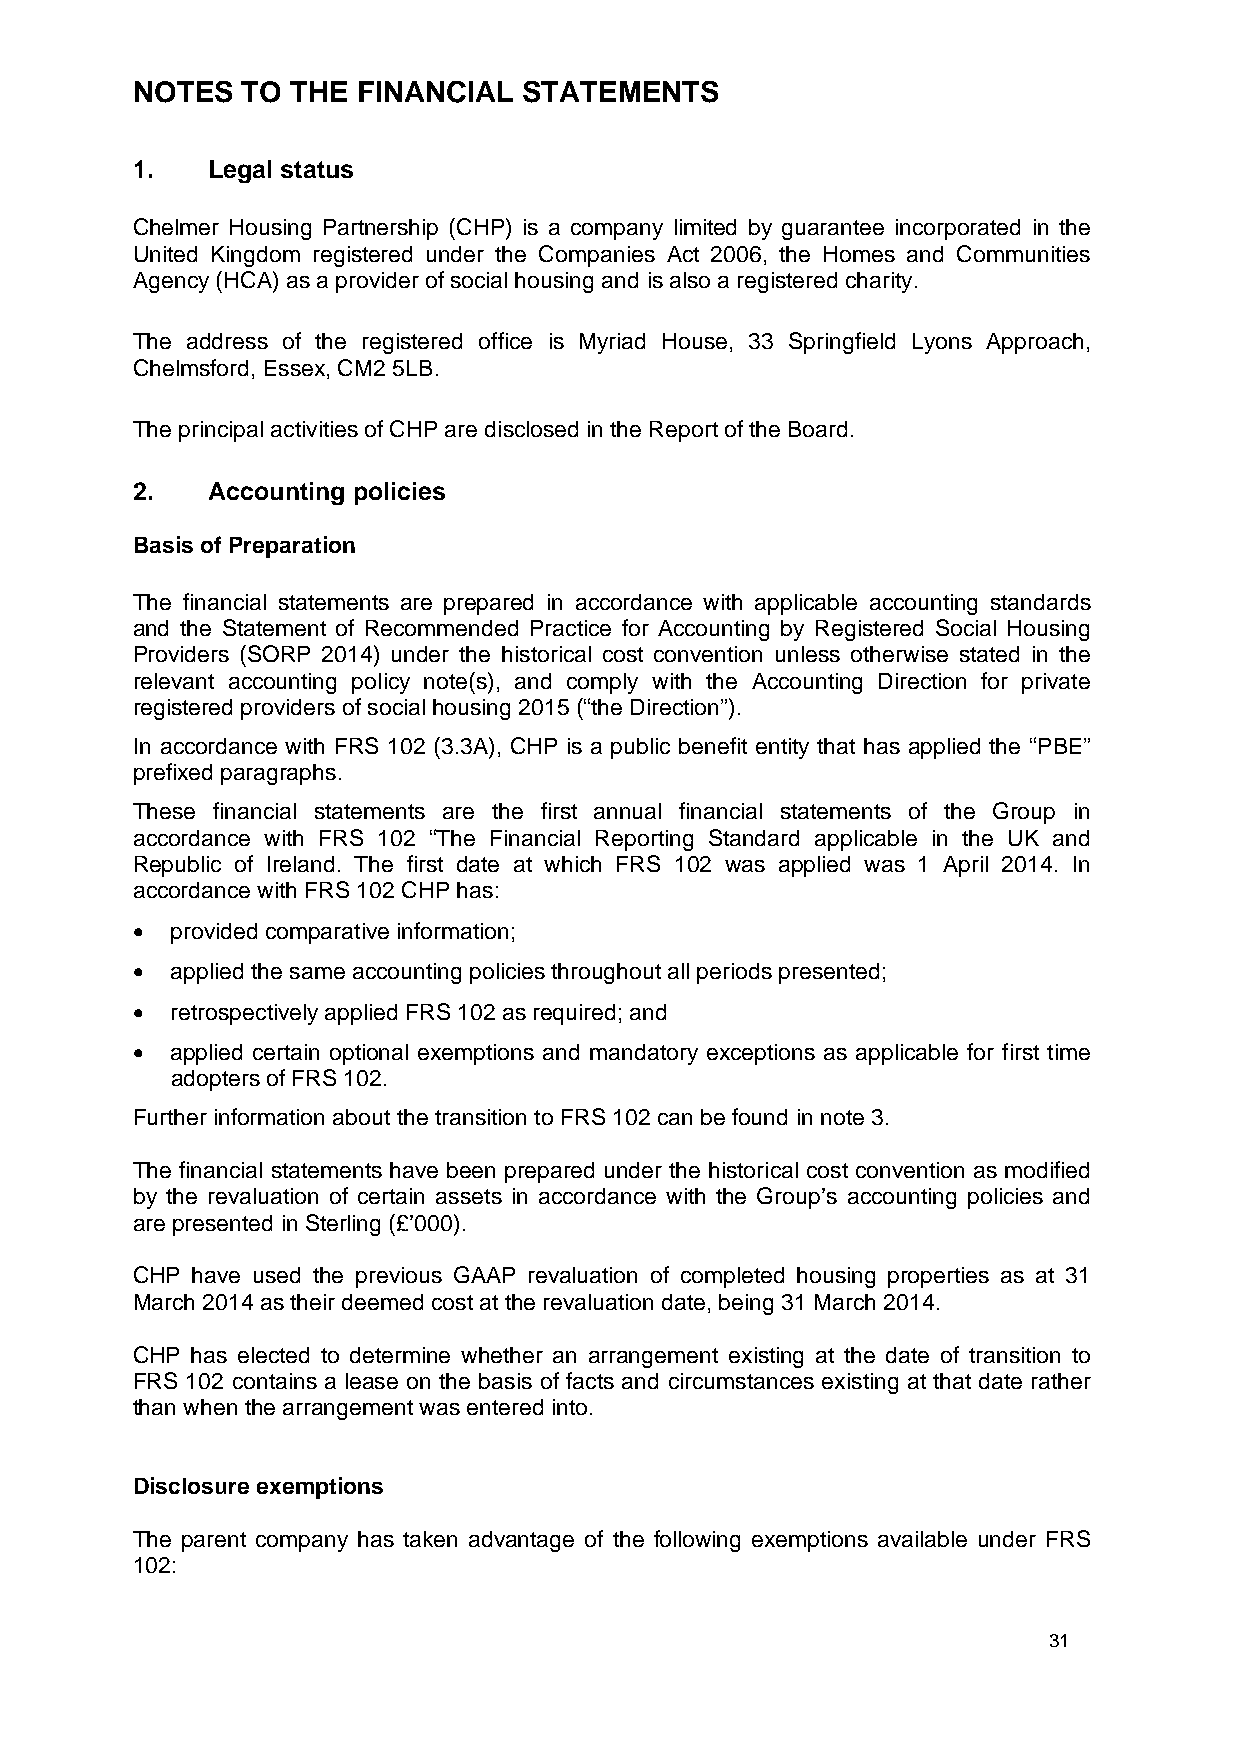
NOTES  TO THE  FINANCIAL  STATEMENTS
 1.   Legal status
 Chelmer Housing Partnership (CHP) is a company limited by guarantee incorporated in the
 United Kingdom registered under the Companies Act 2006, the Homes and Communities
 Agency (HCA) as a provider of social housing and is also a registered charity.
 The address of the registered office is Myriad House, 33 Springfield Lyons Approach,
 Chelmsford, Essex, CM2 5LB.
 The principal activities of CHP are disclosed in the Report of the Board.
 2.   Accounting policies
 Basis of Preparation
 The financial statements are prepared in accordance with applicable accounting standards
 and the Statement of Recommended Practice for Accounting by Registered Social Housing
 Providers (SORP 2014) under the historical cost convention unless otherwise stated in the
 relevant accounting policy note(s), and comply with the Accounting Direction for private
 registered providers of social housing 2015 (“the Direction”).
 In accordance with FRS 102 (3.3A), CHP is a public benefit entity that has applied the “PBE”
 prefixed paragraphs.
 These financial statements are the first annual financial statements of the Group in
 accordance with FRS 102 “The Financial Reporting Standard applicable in the UK and
 Republic of Ireland. The first date at which FRS 102 was applied was 1 April 2014. In
 accordance with FRS 102 CHP has:
  provided comparative information;
  applied the same accounting policies throughout all periods presented;
  retrospectively applied FRS 102 as required; and
  applied certain optional exemptions and mandatory exceptions as applicable for first time
 adopters of FRS 102.
 Further information about the transition to FRS 102 can be found in note 3.
 The financial statements have been prepared under the historical cost convention as modified
 by the revaluation of certain assets in accordance with the Group’s accounting policies and
 are presented in Sterling (£’000).
 CHP have used the previous GAAP revaluation of completed housing properties as at 31
 March 2014 as their deemed cost at the revaluation date, being 31 March 2014.
 CHP has elected to determine whether an arrangement existing at the date of transition to
 FRS 102 contains a lease on the basis of facts and circumstances existing at that date rather
 than when the arrangement was entered into.
 Disclosure exemptions
 The parent company has taken advantage of the following exemptions available under FRS
 102:
 31